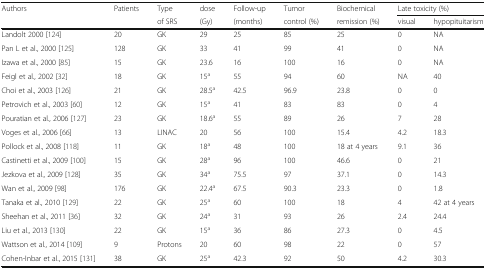
<table><thead><tr><td rowspan="2"><b>Authors</b></td><td rowspan="2"><b>Patients</b></td><td><b>Type</b></td><td><b>dose</b></td><td><b>Follow-up</b></td><td><b>Tumor</b></td><td><b>Biochemical</b></td><td colspan="2"><b>Late toxicity (%)</b></td></tr><tr><td><b>of SRS</b></td><td><b>(Gy)</b></td><td><b>(months)</b></td><td><b>control (%)</b></td><td><b>remission (%)</b></td><td><b>visual</b></td><td><b>hypopituitarism</b></td></tr></thead><tbody><tr><td>Landolt 2000 [124]</td><td>20</td><td>GK</td><td>29</td><td>25</td><td>85</td><td>25</td><td>0</td><td>NA</td></tr><tr><td>Pan L et al., 2000 [125]</td><td>128</td><td>GK</td><td>33</td><td>41</td><td>99</td><td>41</td><td>0</td><td>NA</td></tr><tr><td>Izawa et al., 2000 [85]</td><td>15</td><td>GK</td><td>23.6</td><td>16</td><td>100</td><td>16</td><td>0</td><td>NA</td></tr><tr><td>Feigl et al., 2002 [32]</td><td>18</td><td>GK</td><td>15<sup>a</sup></td><td>55</td><td>94</td><td>60</td><td>NA</td><td>40</td></tr><tr><td>Choi et al., 2003 [126]</td><td>21</td><td>GK</td><td>28.5<sup>a</sup></td><td>42.5</td><td>96.9</td><td>23.8</td><td>0</td><td>0</td></tr><tr><td>Petrovich et al., 2003 [60]</td><td>12</td><td>GK</td><td>15<sup>a</sup></td><td>41</td><td>83</td><td>83</td><td>0</td><td>4</td></tr><tr><td>Pouratian et al., 2006 [127]</td><td>23</td><td>GK</td><td>18.6<sup>a</sup></td><td>55</td><td>89</td><td>26</td><td>7</td><td>28</td></tr><tr><td>Voges et al., 2006 [66]</td><td>13</td><td>LINAC</td><td>20</td><td>56</td><td>100</td><td>15.4</td><td>4.2</td><td>18.3</td></tr><tr><td>Pollock et al., 2008 [118]</td><td>11</td><td>GK</td><td>18<sup>a</sup></td><td>48</td><td>100</td><td>18 at 4 years</td><td>9.1</td><td>36</td></tr><tr><td>Castinetti et al., 2009 [100]</td><td>15</td><td>GK</td><td>28<sup>a</sup></td><td>96</td><td>100</td><td>46.6</td><td>0</td><td>21</td></tr><tr><td>Jezkova et al., 2009 [128]</td><td>35</td><td>GK</td><td>34<sup>a</sup></td><td>75.5</td><td>97</td><td>37.1</td><td>0</td><td>14.3</td></tr><tr><td>Wan et al., 2009 [98]</td><td>176</td><td>GK</td><td>22.4<sup>a</sup></td><td>67.5</td><td>90.3</td><td>23.3</td><td>0</td><td>1.8</td></tr><tr><td>Tanaka et al., 2010 [129]</td><td>22</td><td>GK</td><td>25<sup>a</sup></td><td>60</td><td>100</td><td>18</td><td>4</td><td>42 at 4 years</td></tr><tr><td>Sheehan et al., 2011 [36]</td><td>32</td><td>GK</td><td>24<sup>a</sup></td><td>31</td><td>93</td><td>26</td><td>2.4</td><td>24.4</td></tr><tr><td>Liu et al., 2013 [130]</td><td>22</td><td>GK</td><td>15<sup>a</sup></td><td>36</td><td>86</td><td>27.3</td><td>0</td><td>4.5</td></tr><tr><td>Wattson et al., 2014 [109]</td><td>9</td><td>Protons</td><td>20</td><td>60</td><td>98</td><td>22</td><td>0</td><td>57</td></tr><tr><td>Cohen-Inbar et al., 2015 [131]</td><td>38</td><td>GK</td><td>25<sup>a</sup></td><td>42.3</td><td>92</td><td>50</td><td>4.2</td><td>30.3</td></tr></tbody></table>